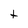
Character: t